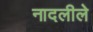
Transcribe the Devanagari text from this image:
नादलीले